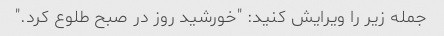
جمله زیر را ویرایش کنید: "خورشید روز در صبح طلوع کرد."